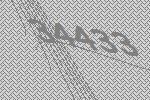
34433